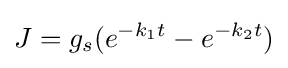
J=g_{s}(e^{-k_{1}t}-e^{-k_{2}t})